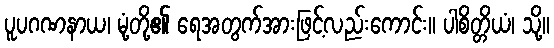
ပူပဂဏနာယ၊ မုံ့တို့၏ ရေအတွက်အားဖြင့်လည်းကောင်း။ ပါစိတ္တိယံ၊ သို့။